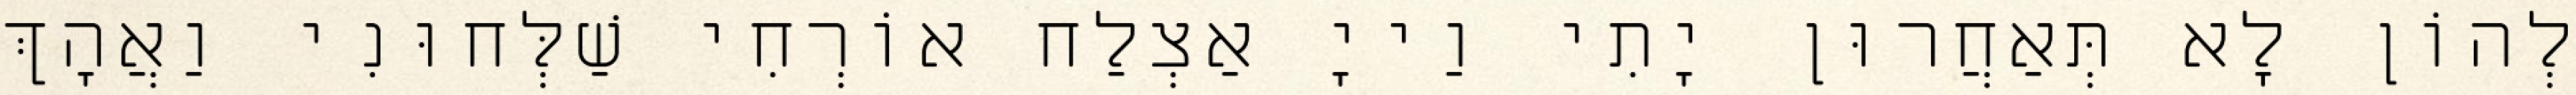
לְהוֹן לָא תְּאַחֲרוּן יָתִי וַייָ אַצְלַח אוֹרְחִי שַׁלְּחוּנִי וַאֲהָךְ